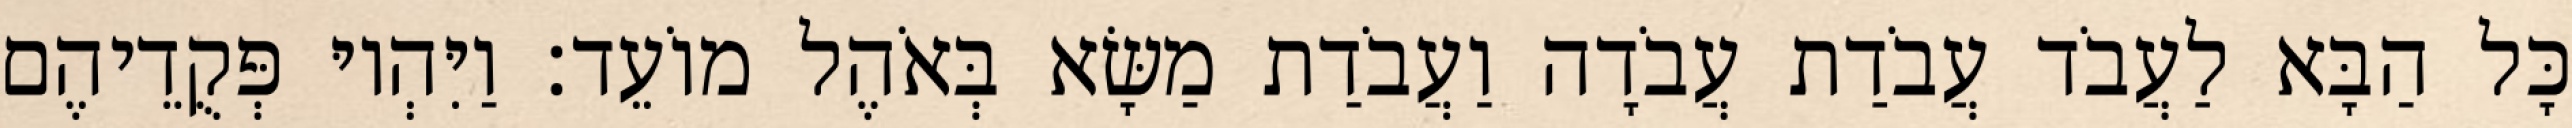
כָּל הַבָּא לַעֲבֹד עֲבֹדַת עֲבֹדָה וַעֲבֹדַת מַשָּׂא בְּאֹהֶל מוֹעֵד׃ וַיִּהְיוּ פְּקֻדֵיהֶם